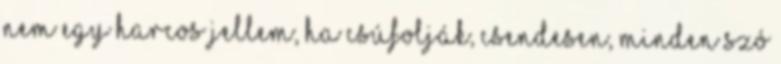
Nem egy harcos jellem, ha csúfolják, csendesen, minden szó